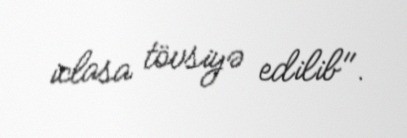
iclasa tövsiyə edilib".